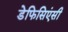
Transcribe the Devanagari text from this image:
डेफिसिएंसी